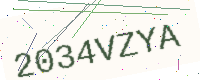
Text: 2034VZYA